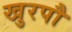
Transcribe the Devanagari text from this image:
खुरपौ